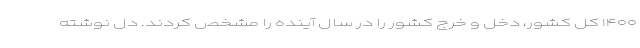
۱۴۰۰ کل‌ کشور، دخل و خرج کشور را در سال آینده را مشخص کردند. دل نوشته